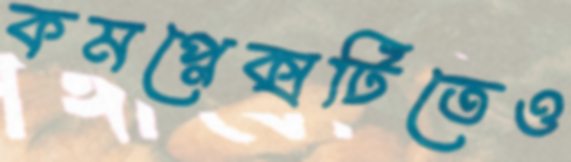
কমপ্লেক্সটিতেও